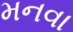
મનવા